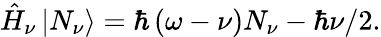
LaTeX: \hat{H}_{\nu}\left|N_{\nu}\right>=\hbar\left(\omega-\nu\right)N_{\nu}-\hbar\nu/2.